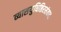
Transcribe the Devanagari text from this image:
व्यासयुधिष्ठिरसंवादः